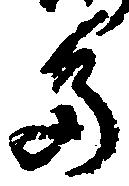
多